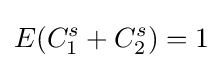
E(C_{1}^{s}+C_{2}^{s})=1